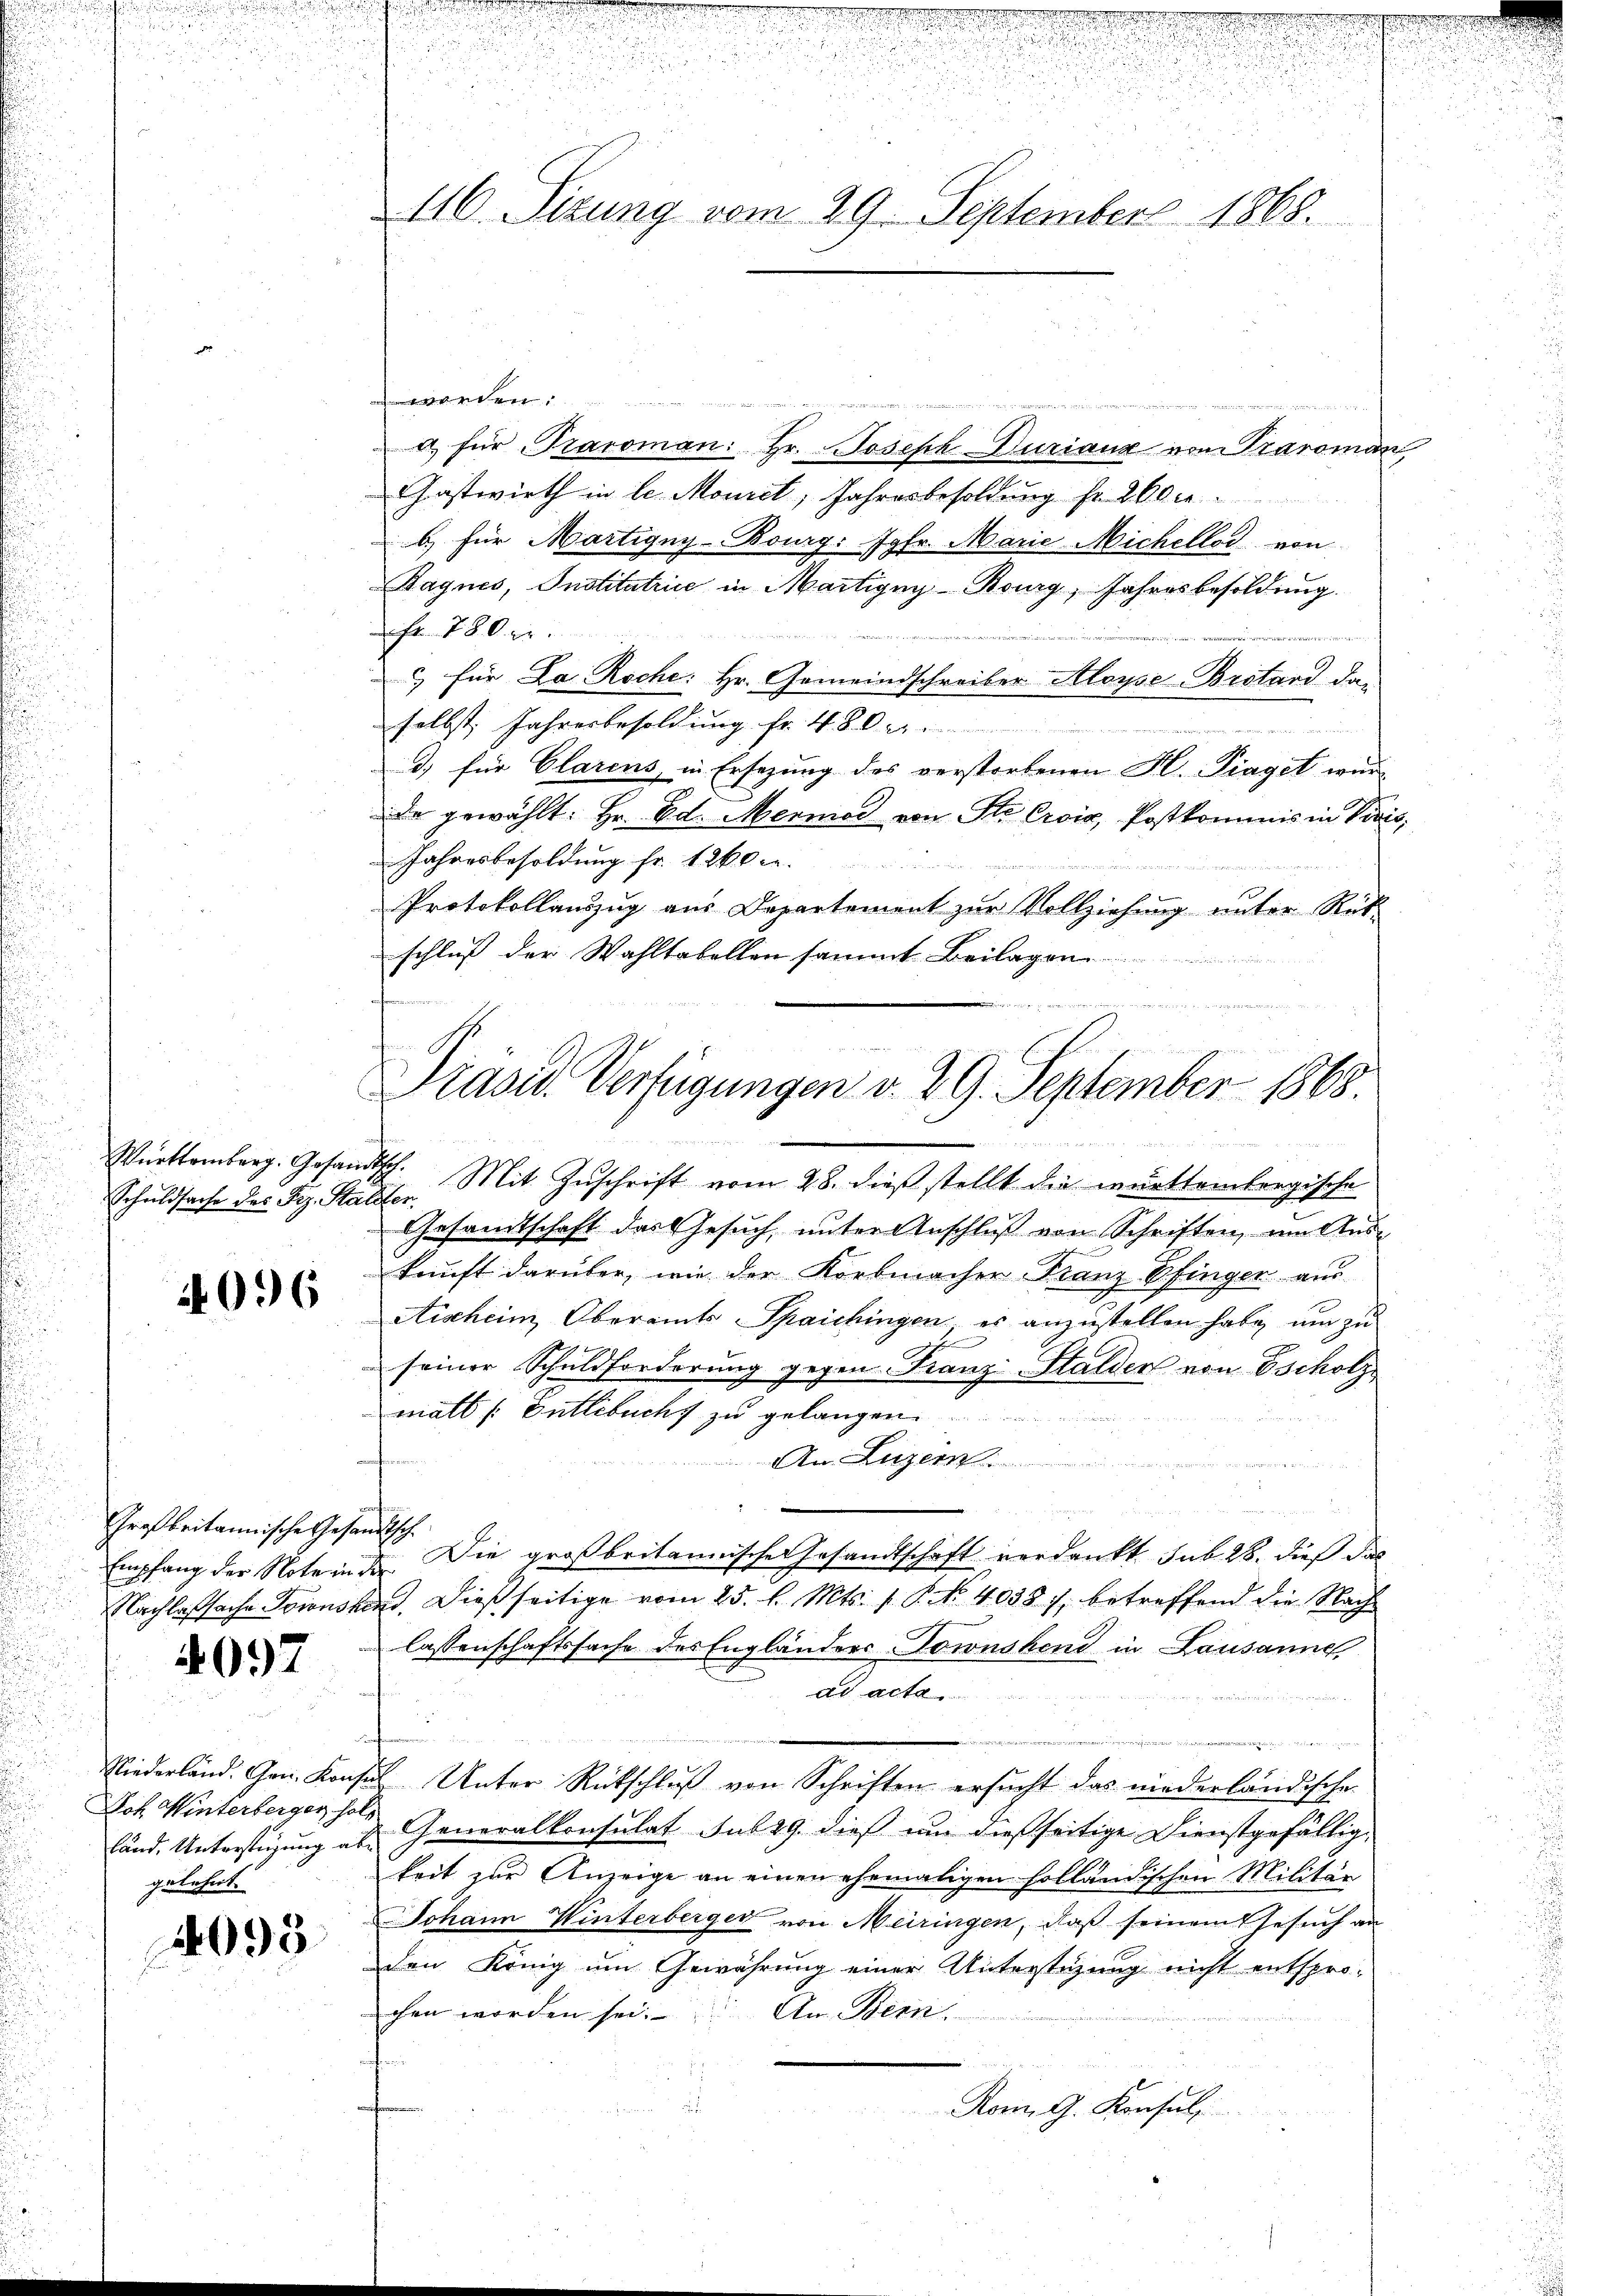
Schuldsache des Prz. Stalter

4096

Großbritannische Gesandtsch.

4097

Niederland. Can. Konz
Joh. Winterberger ha
land. Unterstüzung ab
gelehnt.

2095.

werden.

a für Traroman: Hr. Joseph Duriaux von Paroman
Gastwirth in le Moniet, Jahresbesoldung fr. 2600.
b) für Martigny-Bourg: Jgfr. Marie Michellos von
Dagnes, Institatrice in Martigny-Bourg, Jahresbesoldung.
Fr. 780 r

 für La Roche: Hr. Gemeindschreiber Aloyse-Brstand das
selbst, Jahresbesoldung fr. 480 rp.
d) für Clarens, in Ersezung des verstorbenen H. Piaget wur
de gewählt: Hr. Ed. Mermor von Ste Croix, Postkommnis in Paris,
Jahresbesoldung fr. 1260.

Protokollauszug aus Departement zur Vollziehung unter Rüt-
schluß der Wahltabellen sammt Beilagen

Württemberg. Gesandtsch. Mit Zŭschrift vom 28. dieβ stellt die württembergische
Gesamtschaft das Gesuch, unter Anschluß von Schriften, im Auskunft darüber, wie der Korbmacher Franz Pfingen aus
Aischeim, Oberamts Spaichingen es anzustellen habe, um zu

seiner Schuldforderung gegen Franz-Halder von Escholz
matt /: Entlebuch zu gelangen
An Luzern
Empfang der Noteinde. Die großbritannischer Gesandtschaft verdankt. sub 28. dieß das
Nachlafsache Grinskind. Dießseitige vom 25. l. Mts. v. P. No. 40387, betreffend die Nach
lassenschaftssache des Engländers Townshend in Lausanne,
ad acta

eengte ich an der ein
zu Unter Rütschluß von Schriften ersucht das niederländische

& Generalkonsulat sub 29. dieß um dießseitige Dienstgefälligkeit zŭr Anzeige an einen ehemaligen holländischen Militär
Johann Winterberger von Meiringen, daß seinem Gesuch an
den König um Gewährung einer Unterstüzung nicht entspro-
chen worden sei. An Bern.
Rom. G. Konsul

.
116. Sitzung vom 29. September 1868.

x
Präsid. Verfügungen v. 29. September 1868.
u zeigt es seien in gewesen verdachten, den in aneren den ein

u